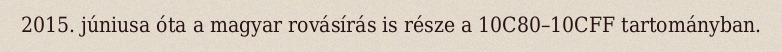
2015. júniusa óta a magyar rovásírás is része a 10C80–10CFF tartományban.